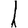
Digit: 1